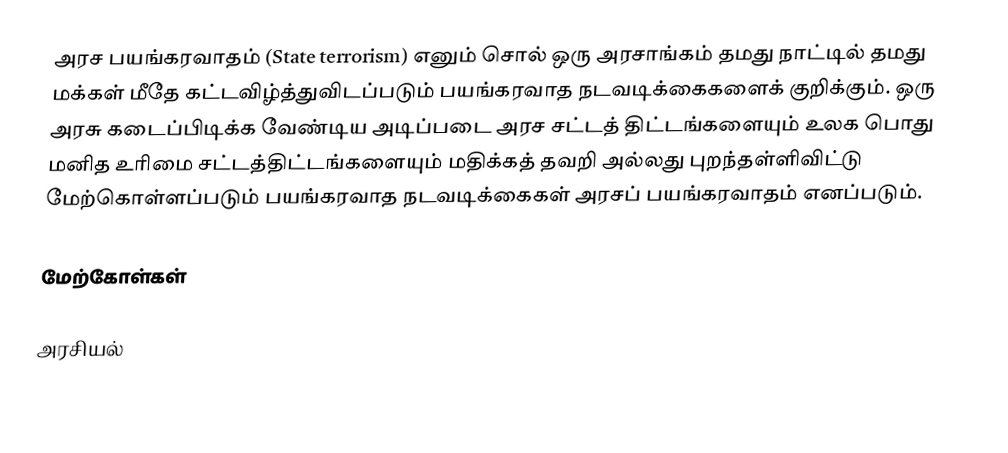
அரச பயங்கரவாதம் (State terrorism) எனும் சொல் ஒரு அரசாங்கம் தமது நாட்டில் தமது மக்கள் மீதே கட்டவிழ்த்துவிடப்படும் பயங்கரவாத நடவடிக்கைகளைக் குறிக்கும். ஒரு அரசு கடைப்பிடிக்க வேண்டிய அடிப்படை அரச சட்டத் திட்டங்களையும் உலக பொது மனித உரிமை சட்டத்திட்டங்களையும் மதிக்கத் தவறி அல்லது புறந்தள்ளிவிட்டு மேற்கொள்ளப்படும் பயங்கரவாத நடவடிக்கைகள் அரசப் பயங்கரவாதம் எனப்படும்.

மேற்கோள்கள்

அரசியல்